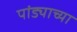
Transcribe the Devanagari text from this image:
पांड्याच्या